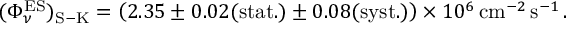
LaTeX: ( \Phi _ { \nu } ^ { \mathrm { E S } } ) _ { \mathrm { S - K } } = \left( 2 . 3 5 \pm 0 . 0 2 \mathrm { ( s t a t . ) } \pm 0 . 0 8 \mathrm { ( s y s t . ) } \right) \times 1 0 ^ { 6 } \, \mathrm { c m } ^ { - 2 } \, \mathrm { s } ^ { - 1 } \, .